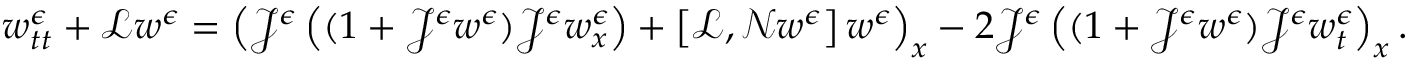
w _ { t t } ^ { \epsilon } + \mathscr { L } w ^ { \epsilon } = \left( \mathcal { J } ^ { \epsilon } \left( ( 1 + \mathcal { J } ^ { \epsilon } w ^ { \epsilon } ) \mathcal { J } ^ { \epsilon } w _ { x } ^ { \epsilon } \right) + \left[ \mathscr { L } , \mathscr { N } w ^ { \epsilon } \right] w ^ { \epsilon } \right) _ { x } - 2 \mathcal { J } ^ { \epsilon } \left( ( 1 + \mathcal { J } ^ { \epsilon } w ^ { \epsilon } ) \mathcal { J } ^ { \epsilon } w _ { t } ^ { \epsilon } \right) _ { x } .